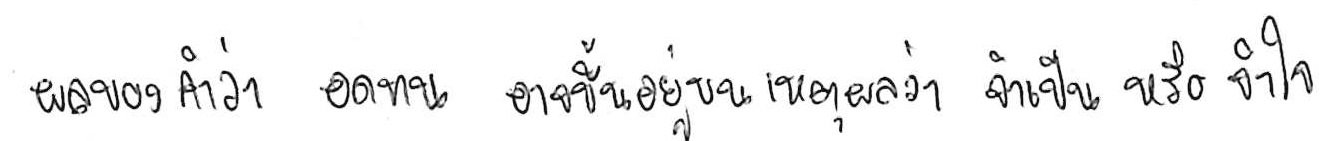
ผลของคำว่า อดทน อาจขึ้นอยู่บนเหตุผลว่า จำเป็น หรือ จำใจ